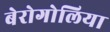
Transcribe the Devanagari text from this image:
बेरोगोलिया